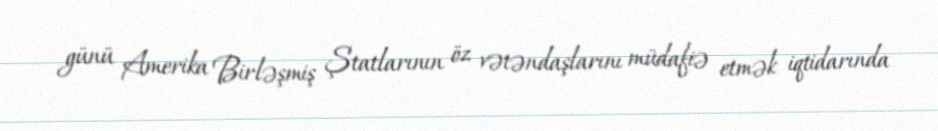
günü Amerika Birləşmiş Ştatlarının öz vətəndaşlarını müdafiə etmək iqtidarında